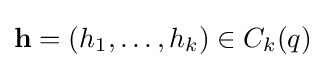
{\mathbf {h} }=(h_{1},\dots ,h_{k})\in C_{k}(q)